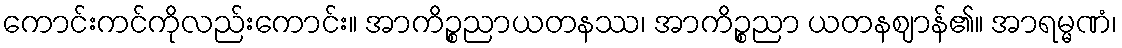
ကောင်းကင်ကိုလည်းကောင်း။ အာကိဉ္စညာယတနဿ၊ အာကိဉ္စညာ ယတနဈာန်၏။ အာရမ္မဏံ၊